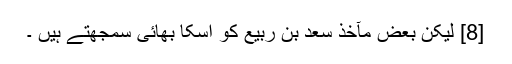
[8] لیکن بعض مآخذ سعد بن ربیع کو اسکا بھائی سمجھتے ہیں ۔